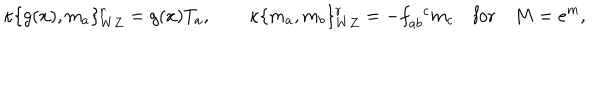
LaTeX: \kappa \{ g ( x ) , m _ { a } \} _ { W Z } ^ { r } = g ( x ) T _ { a } , \qquad \kappa \{ m _ { a } , m _ { b } \} _ { W Z } ^ { r } = - f _ { a b } ^ { \phantom { a b } c } m _ { c } \quad \mathrm { f o r } \quad M = e ^ { m } ,